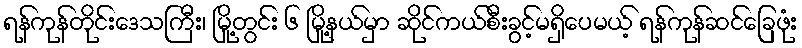
ရန်ကုန်တိုင်းဒေသကြီး၊ မြို့တွင်း ၆ မြို့နယ်မှာ ဆိုင်ကယ်စီးခွင့်မရှိပေမယ့် ရန်ကုန်ဆင်ခြေဖုံး